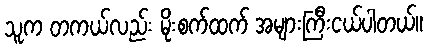
သူက တကယ်လည်း မိုးစက်ထက် အများကြီးငယ်ပါတယ်။